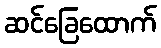
ဆင်ခြေထောက်